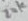
Text: 20K